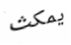
يمكث